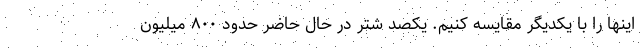
اينها را با يكديگر مقايسه كنيم. يكصد شتر در حال حاضر حدود ۸۰۰ ميليون